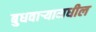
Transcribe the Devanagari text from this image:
बुधवार्‍यामधील